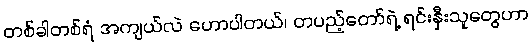
တစ်ခါတစ်ရံ အကျယ်လဲ ဟောပါတယ်၊ တပည့်တော်ရဲ့ ရင်းနှီးသူတွေဟာ